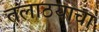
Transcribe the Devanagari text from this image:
तलाठयाचा